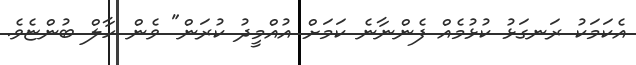
އެކަމަކު ރަނގަޅު ކުޅުމެއް ފެންނާނެ ކަމަށް އުއްމީދު ކުރަން" ވެން ހާލް ބުންޏެވެ.